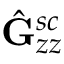
\hat { \mathbf { G } } _ { z z } ^ { s c }